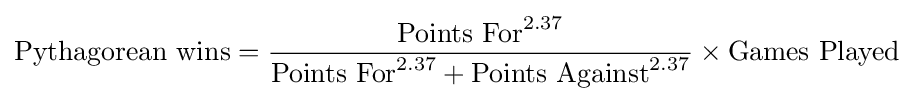
{\text{Pythagorean wins}}={\frac {{\text{Points For}}^{2.37}}{{\text{Points For}}^{2.37}+{\text{Points Against}}^{2.37}}}\times {\text{Games Played}}